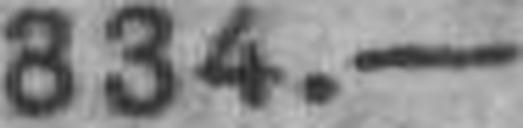
834.—